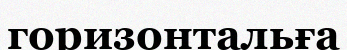
горизонтальға